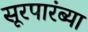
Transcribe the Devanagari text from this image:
सूरपारंब्या